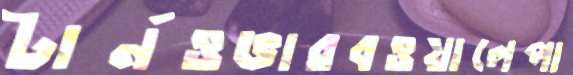
টার্নওভারবওয়ালেপা